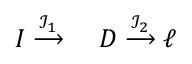
\begin{array} { r l } { I \stackrel { { \mathcal { I } } _ { 1 } } { \longrightarrow } \, \, } & { { } D \stackrel { { \mathcal { I } } _ { 2 } } { \longrightarrow } \ell } \end{array}